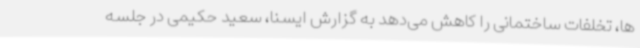
ها، تخلفات ساختمانی را کاهش می‌دهد به گزارش ایسنا، سعید حکیمی در جلسه